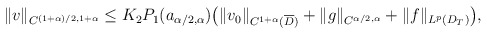
\begin{align*}\begin{aligned}\|v\|_{C^{(1+\alpha)/2,1+\alpha}}\leq K_2 P_1(a_{\alpha/2,\alpha})\big(\|v_0\|_{C^{1+\alpha}(\overline D)}+\|g\|_{C^{\alpha/2,\alpha}}+\|f\|_{L^p(D_T)}\big),\end{aligned}\end{align*}